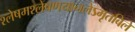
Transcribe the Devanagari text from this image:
श्लेषमश्लेषणयानलेऽमृतबिले